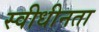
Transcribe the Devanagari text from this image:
स्वीधीनता